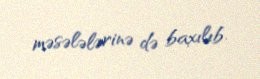
məsələlərinə də baxılıb.